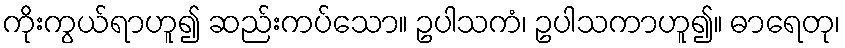
ကိုးကွယ်ရာဟူ၍ ဆည်းကပ်သော။ ဥပါသကံ၊ ဥပါသကာဟူ၍။ ဓာရေတု၊